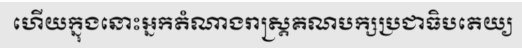
ហើយក្នុងនោះអ្នកតំណាងរាស្ត្រគណបក្សប្រជាធិបតេយ្យ